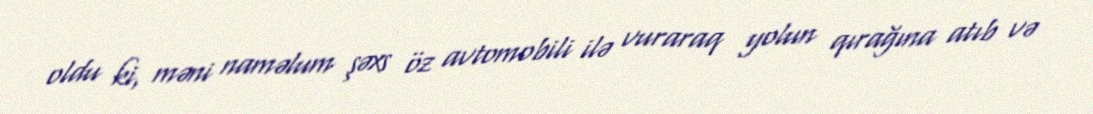
oldu ki, məni naməlum şəxs öz avtomobili ilə vuraraq yolun qırağına atıb və